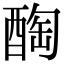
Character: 醄